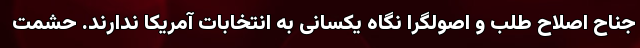
جناح اصلاح طلب و اصولگرا نگاه یکسانی به انتخابات آمریکا ندارند. حشمت